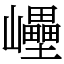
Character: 㠥